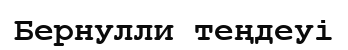
Бернулли теңдеуі